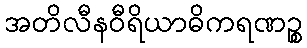
အတိလီနဝီရိယာဓိကရဏဉ္စ